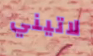
لاتيني